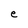
Character: e